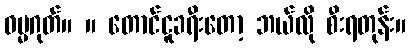
ဓမ္မဂုတ်။ ။ တောင်ငူခရီးတော့ ဘယ်လို စီးရတုန်း။